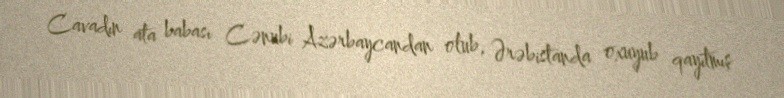
Cavadın ata babası Cənubi Azərbaycandan olub, Ərəbistanda oxuyub qayıtmış